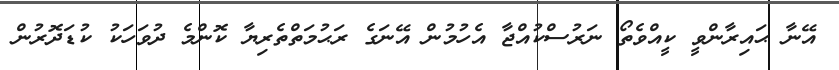
އޭނާ ޙައިރާންވީ ކީއްވެތޯ ނަރުސްކުއްޖާ އެހުމުން އޭނަގެ ރަޙުމަތްތެރިޔާ ކޮންމެ ދުވަހަކު ކުޑަދޮރުން